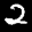
Label: 2